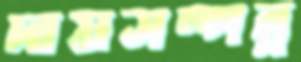
দায়সম্পন্ন